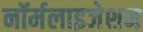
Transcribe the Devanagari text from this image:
नॉर्मलाइजेशन